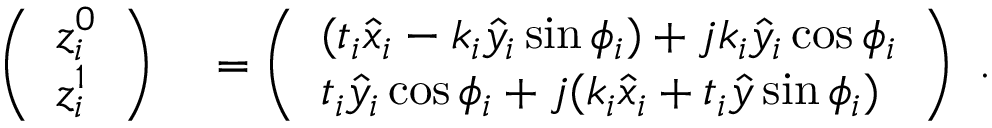
\begin{array} { r l } { \left( \begin{array} { l } { z _ { i } ^ { 0 } } \\ { z _ { i } ^ { 1 } } \end{array} \right) } & { { } = \left( \begin{array} { l } { ( t _ { i } \hat { x } _ { i } - k _ { i } \hat { y } _ { i } \sin \phi _ { i } ) + j k _ { i } \hat { y } _ { i } \cos \phi _ { i } } \\ { t _ { i } \hat { y } _ { i } \cos \phi _ { i } + j ( k _ { i } \hat { x } _ { i } + t _ { i } \hat { y } \sin \phi _ { i } ) } \end{array} \right) } \end{array} .